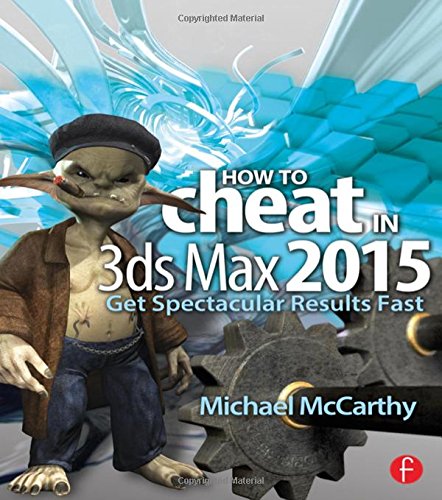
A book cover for How to Cheat in 3ds Max 2015: Get Spectacular Results Fast; Michael McCarthy; Computers & Technology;